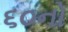
૬૦નો